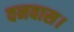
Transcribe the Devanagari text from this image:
वनवास।